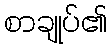
စာချုပ်၏